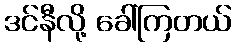
ဒင်နီလို့ ခေါ်ကြတယ်